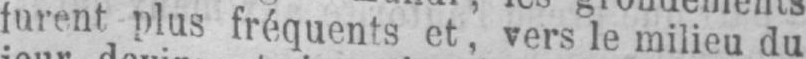
furent plus fréquents et, vers le milieu du